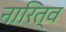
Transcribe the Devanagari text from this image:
नारित्व